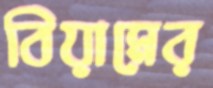
বিয়ামের